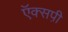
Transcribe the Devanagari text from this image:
ऍक्सपी़